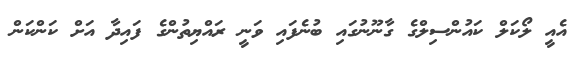
އެއީ ލޯކަލް ކައުންސިލްގެ ގާނޫނުގައި ބުނެފައި ވަނީ ރައްޔިތުންގެ ފައިދާ އަށް ކަންކަން